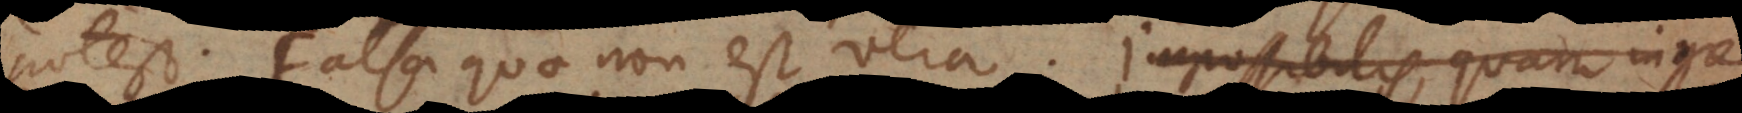
potest. Falsa quae non est vera. Impossibilis quam ingre